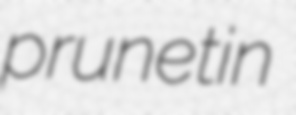
prunetin